Civil Veterinary Department Bihar reports 1940-50 - 1940-1950
Year: 1940
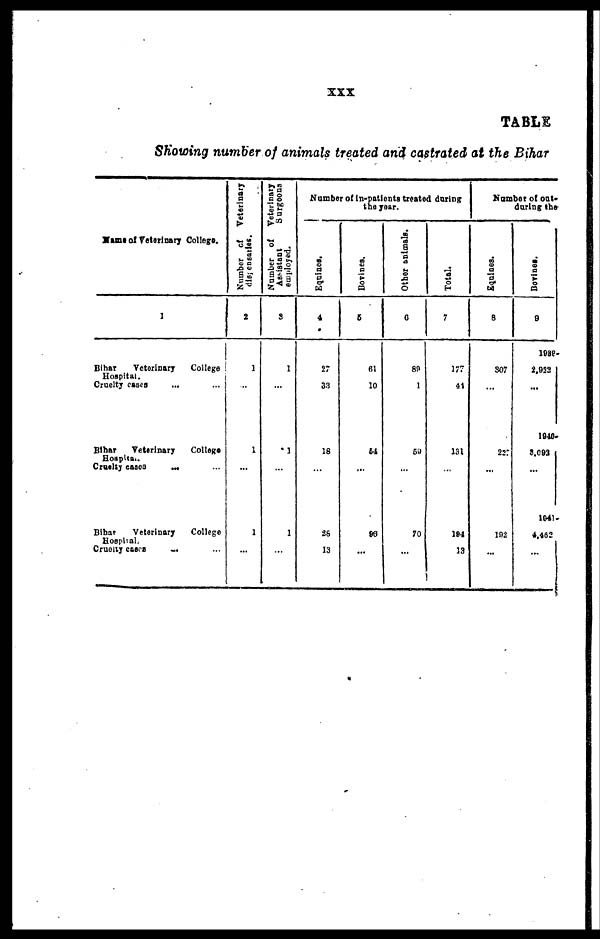
xxx
TABLE
Showing number of animals treated and castrated at the Bihar
Name of Veterinary College.
1
Bihar
Veterinary
College
Hospital.
Cruelty cases ... ...
Bihar
Veterinary
College
Hospital.
Cruelty cases ... ...
Bihar
Veterinary
College
Hospital.
Cruelty cases ... ...
Number of Veterinary
dispensaries.
2
1
...
1
...
1
...
Number of Veterinary
Assistant
Surgeons
employed.
3
1
...
1
...
1
...
Number of in-patients treated during
the year.
Equines.
4
27
33
18
...
26
13
Bovines.
5
61
10
54
...
96
...
Other animals.
6
80
1
5»
...
70
...
Total.
7
177
41
131
...
194
13
Number of out-
during the
Equines.
8
307
...
227
...
192
...
Bovines.
0
1938-
2.932
...
1940-
3,093
...
1941-
4,482
...